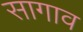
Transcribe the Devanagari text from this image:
सागाव